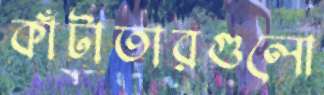
কাঁটাতারগুলো